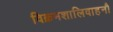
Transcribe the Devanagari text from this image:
विक्रमशालिवाहनौ